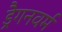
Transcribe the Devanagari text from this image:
ड्रैगनवर्म